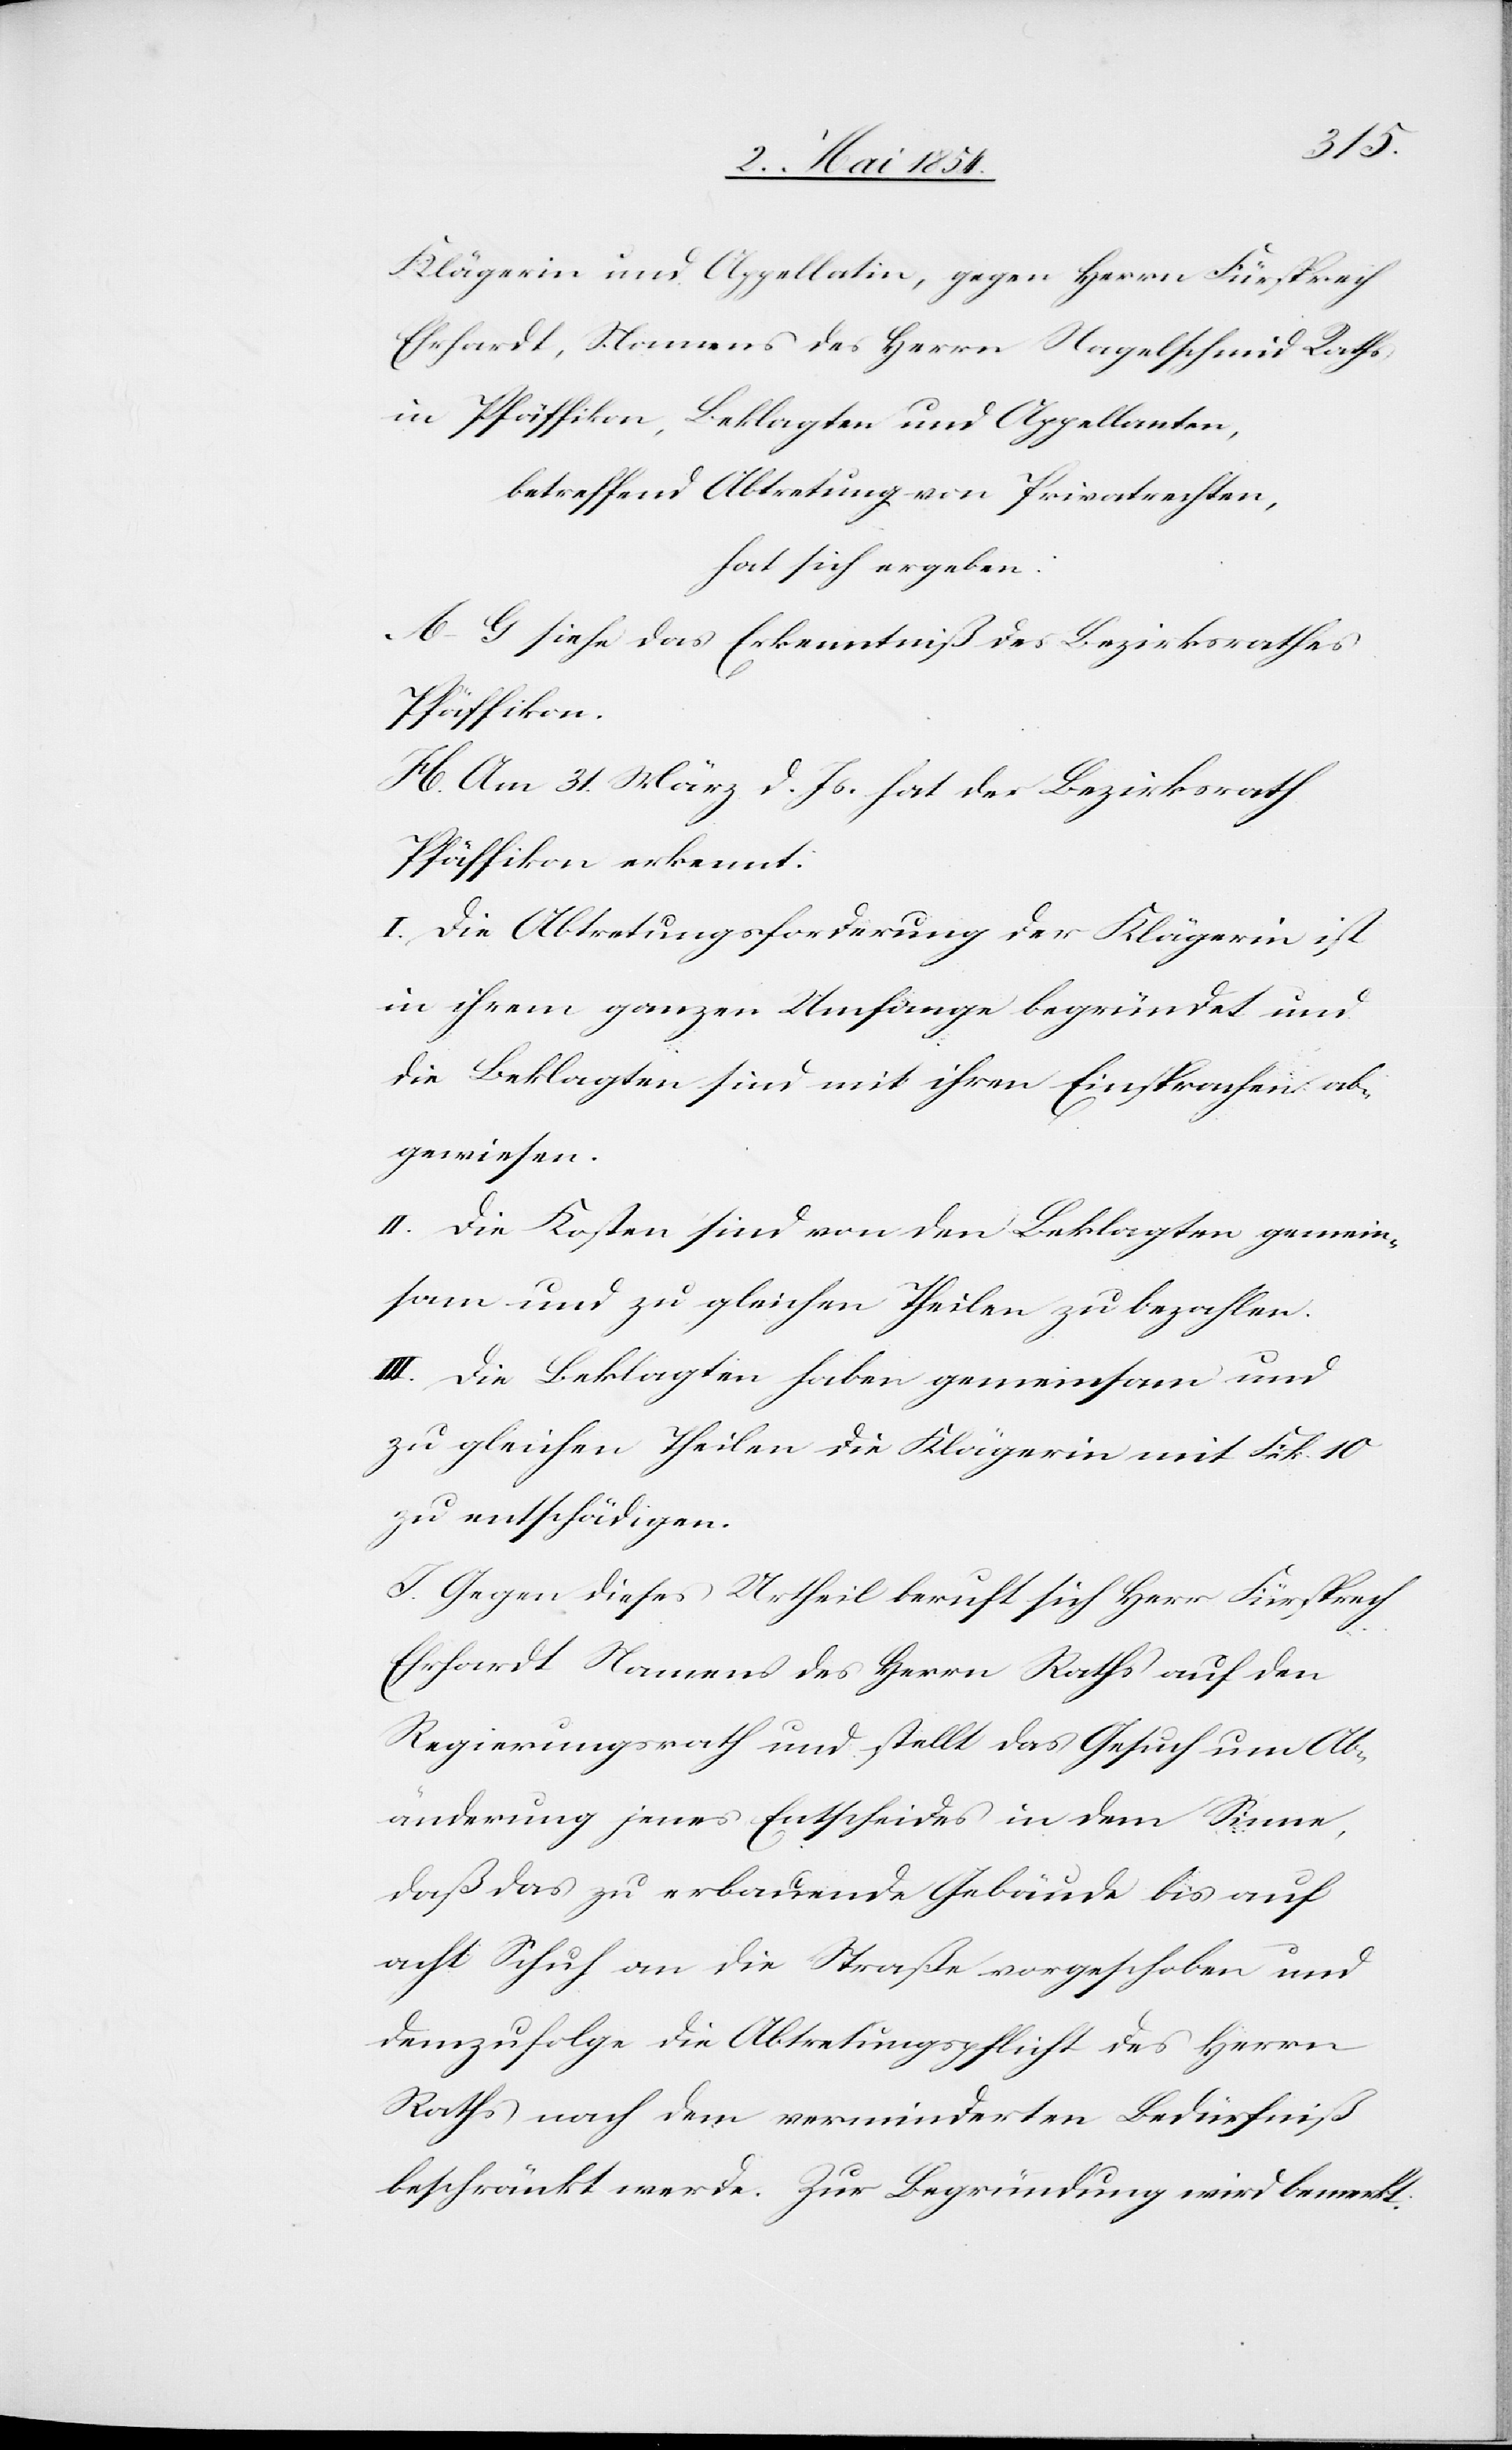
Klägerin und Appellatin, gegen Herrn Fürsprech
Ehrhardt, Namens des Herrn Nagelschmid Rathes
in Pfäffikon, Beklagten und Appellanten,
betreffend Abtretung von Privatrechten
hat sich ergeben:
A.–G. siehe das Erkenntniß des Bezirksrathes
Pfäffikon.
H. Am 31. März d. Js. hat der Bezirksrath
Pfäffikon erkennt:
I. Die Abtretungsforderung der Klägerin ist
in ihrem ganzen Umfange begründet und
die Beklagten sind mit ihren Einsprachen ab¬
gewiesen.
II. Die Kosten sind von den Beklagten gemein¬
sam und zu gleichen Theilen zu bezahlen.
III. Die Beklagten haben gemeinsam und
zu gleichen Theilen die Klägerin mit Frk. 10
zu entschädigen.
I. Gegen dieses Urtheil beruft sich Herr Fürsprech
Ehrhardt Namens des Herrn Raths auf den
Regierungsrath und stellt das Gesuch um Ab¬
änderung jenes Entscheides in dem Sinne,
daß das zu erbauende Gebäude bis auf
acht Schuh an die Straße vorgeschoben und
demzufolge die Abtretungspflicht des Herrn
Raths nach dem verminderten Bedürfniß
beschränkt werde. Zur Begründung wird bemerkt: